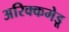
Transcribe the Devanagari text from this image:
अरिक्कमेडू